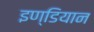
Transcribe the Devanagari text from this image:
इण्डियान